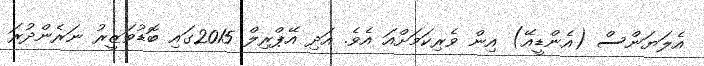
އެލަޔަންސް (އެންޑީއޭ) އިން ވެރިކަމަށްއަ އެވެ. އަދި އޭޕްރިލް 2015ގައި ބޮޑުވަޒީރު ނަރެންދުރަ